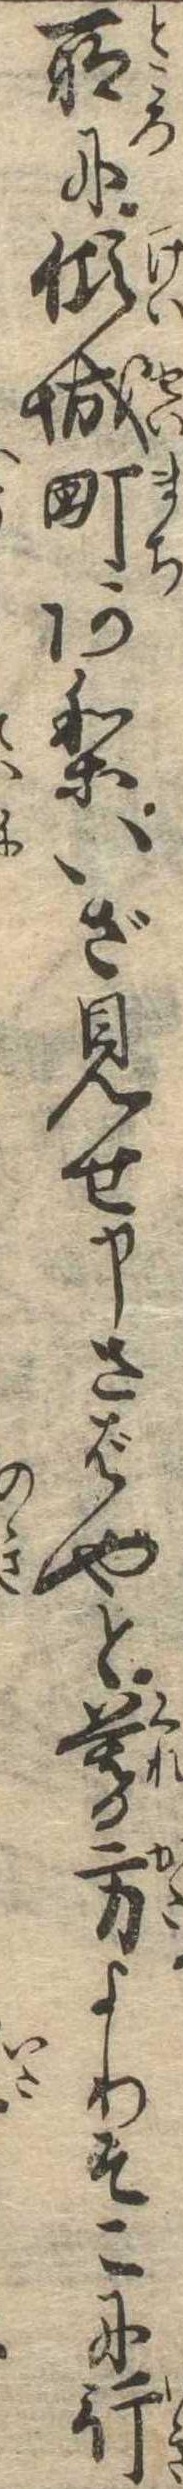
所に傾城町ありいざ見せ申さばやと暮方よりそこに行